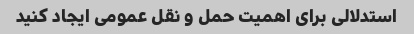
استدلالی برای اهمیت حمل و نقل عمومی ایجاد کنید